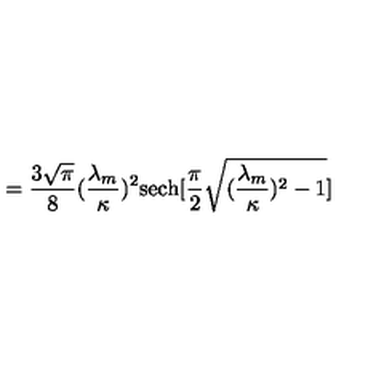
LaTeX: = \frac { 3 \sqrt { \pi } } { 8 } ( \frac { \lambda _ { m } } { \kappa } ) ^ { 2 } \mathrm { s e c h } [ \frac { \pi } { 2 } \sqrt { ( \frac { \lambda _ { m } } { \kappa } ) ^ { 2 } - 1 } ]